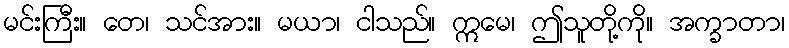
မင်းကြီး။ တေ၊ သင်အား။ မယာ၊ ငါသည်။ ဣမေ၊ ဤသူတို့ကို။ အက္ခာတာ၊